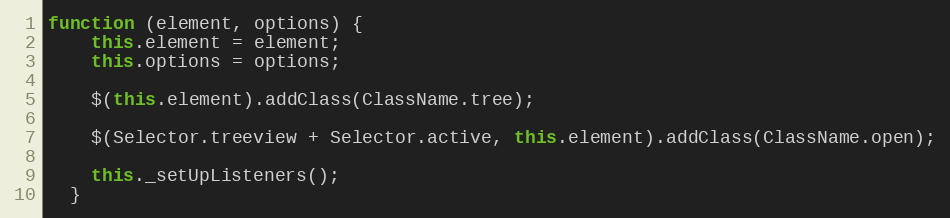
Language: JavaScript
function (element, options) {
    this.element = element;
    this.options = options;

    $(this.element).addClass(ClassName.tree);

    $(Selector.treeview + Selector.active, this.element).addClass(ClassName.open);

    this._setUpListeners();
  }